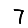
Digit: 7